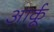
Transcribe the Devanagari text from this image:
आर्कू